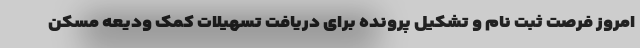
امروز فرصت ثبت نام و تشکیل پرونده برای دریافت تسهیلات کمک ودیعه مسکن